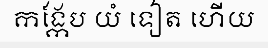
កង្កែប យំ ទៀត ហើយ